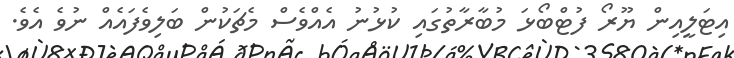
އިޓަލީއިން ޔޫރޯ ފުޓްބޯޅަ މުބާރާތުގައި ކުޅުނު އެއްވެސް މެޗަކުން ބަލިވެފައެއް ނުވެ އެވެ.